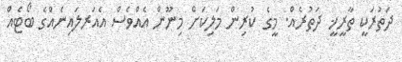
ދަތުރަކީ ތާރީޚީ ދަތުރެއް. މީގެ ކުރިން މަލިކަށް މިނޫން އެއްވެސް އެއަރލައިނެއްގެ ބޯޓެއް